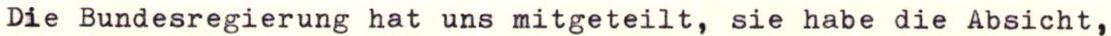
Die Bundesregierung hat uns mitgeteilt, sie habe die Absicht,